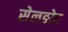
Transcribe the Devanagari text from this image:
सेलङोर